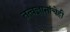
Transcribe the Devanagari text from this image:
तत्वज्ञानांचेही